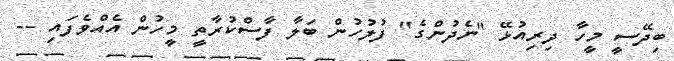
ބިދޭސީ މީހާ ދިރިއުޅޭ "ނެދުންގެ" ފުލުހުން ބަލާ ފާސްކުރާތީ މީހުން އެއްވެފައި --